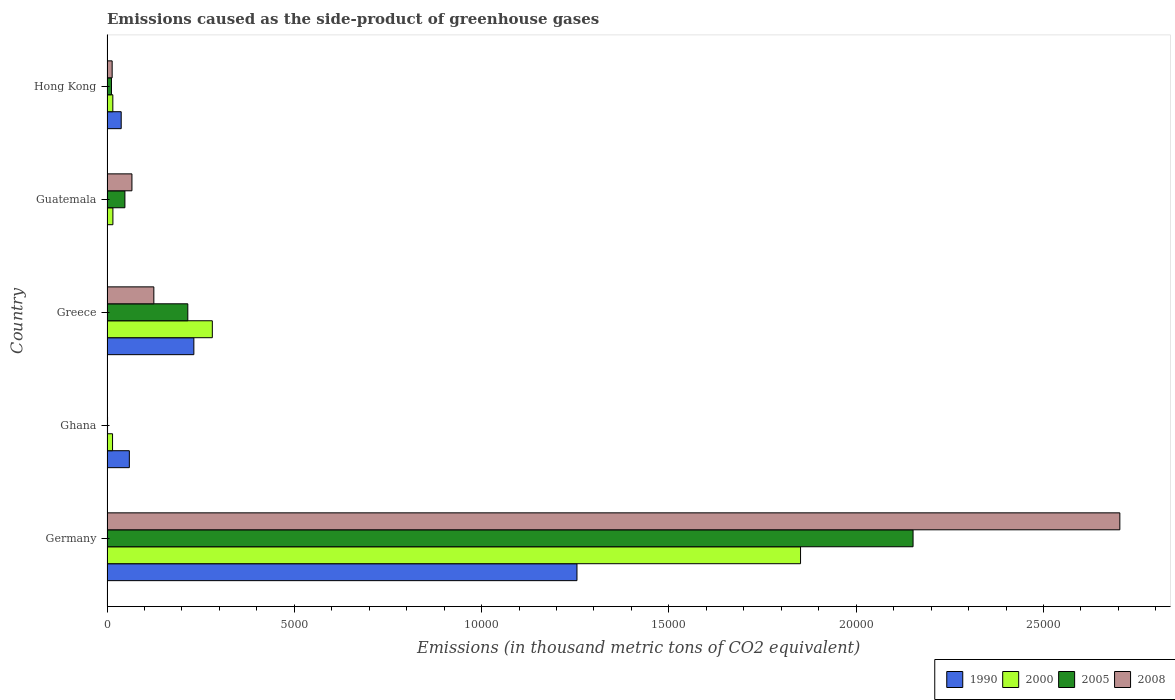
| Country | 1990 | 2000 | 2005 | 2008 |
 | --- | --- | --- | --- | --- |
 | Germany | 1.25e+04 | 1.85e+04 | 2.15e+04 | 2.7e+04 |
 | Ghana | 596 | 148 | 14.7 | 11.2 |
 | Greece | 2.32e+03 | 2.81e+03 | 2.16e+03 | 1.25e+03 |
 | Guatemala | 0.1 | 158 | 478 | 666 |
 | Hong Kong | 379 | 155 | 119 | 137 |